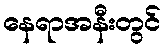
နေရာအနီးတွင်